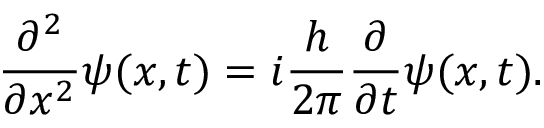
{ \frac { \partial ^ { 2 } } { \partial x ^ { 2 } } } \psi ( x , t ) = i { \frac { h } { 2 \pi } } { \frac { \partial } { \partial t } } \psi ( x , t ) .